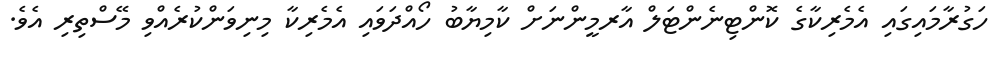
ހަގުރާމައިގައި އެމެރިކާގެ ކޮންޓިނެންޓަލް އާރމީންނަށް ކާމިޔާބު ހޯއްދަވައި އެމެރިކާ މިނިވަންކުރެއްވި މޭސްތިރި އެވެ.